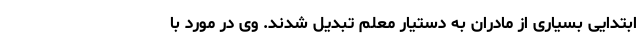
ابتدایی بسیاری از مادران به دستیار معلم تبدیل شدند. وی در مورد با